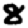
Digit: 8